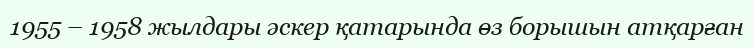
1955 – 1958 жылдары әскер қатарында өз борышын атқарған